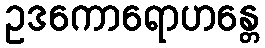
ဥဒကောရောဟန္တေ